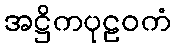
အဋ္ဌိကပုဠဝကံ